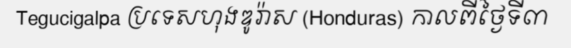
Tegucigalpa ប្រទេសហុងឌូរ៉ាស (Honduras) កាលពីថ្ងៃទី៣